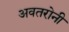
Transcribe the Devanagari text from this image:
अवतरोनी